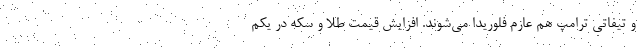
و تیفاتی ترامپ هم عازم فلوریدا می‌شوند. افزایش قیمت طلا و سکه در یکم